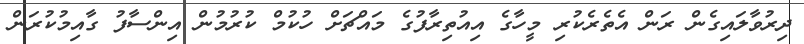
ދިރުވާލައިގެން ރަން އެތެރެކުރި މީހާގެ އިއުތިރާފުގެ މައްޗަށް ހުކުމް ކުރުމުން އިންސާފު ގާއިމުކުރަން